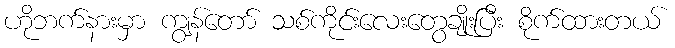
ဟိုဘက်နားမှာ ကျွန်တော် သစ်ကိုင်းလေးတွေချိုးပြီး စိုက်ထားတယ်